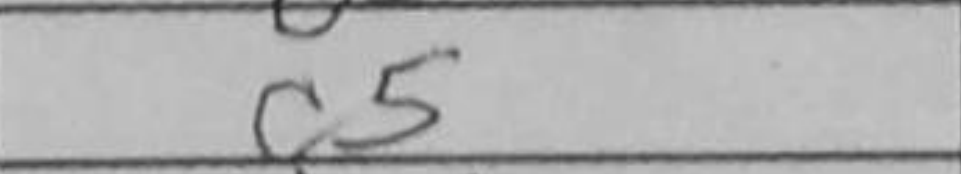
Transcription: c5